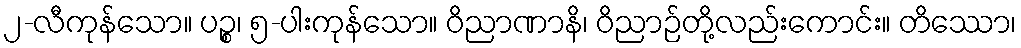
၂-လီကုန်သော။ ပဉ္စ၊ ၅-ပါးကုန်သော။ ဝိညာဏာနိ၊ ဝိညာဉ်တို့လည်းကောင်း။ တိဿော၊